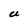
Character: U